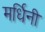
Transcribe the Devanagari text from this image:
मर्धिनी